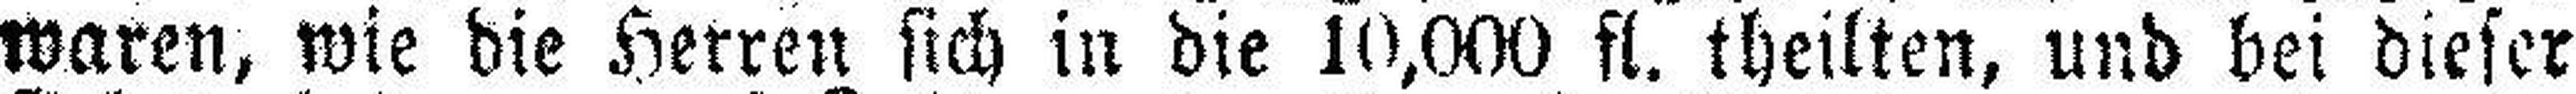
waren, wie die Herren sich in die 10,000 fl. theilten, und bei dieser